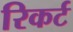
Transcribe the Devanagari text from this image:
रिकर्ट